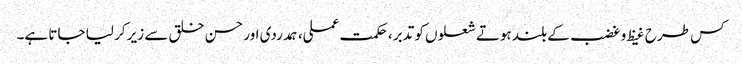
کس طرح غیظ و غضب کے بلند ہوتے شعلوں کو تدبر، حکمت عملی، ہمدردی اور حسن خلق سے زیر کر لیا جاتا ہے۔